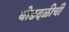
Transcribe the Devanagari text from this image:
घोडदळीची